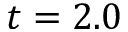
t = 2 . 0